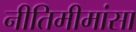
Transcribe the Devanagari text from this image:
नीतिमीमांसा